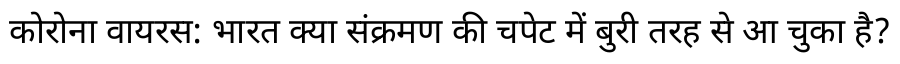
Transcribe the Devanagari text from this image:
कोरोना वायरस: भारत क्या संक्रमण की चपेट में बुरी तरह से आ चुका है?